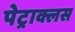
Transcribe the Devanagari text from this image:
पेट्राक्लस